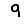
Digit: 9